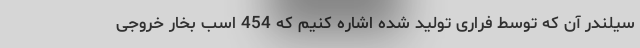
سیلندر آن که توسط فراری تولید شده اشاره کنیم که 454 اسب بخار خروجی